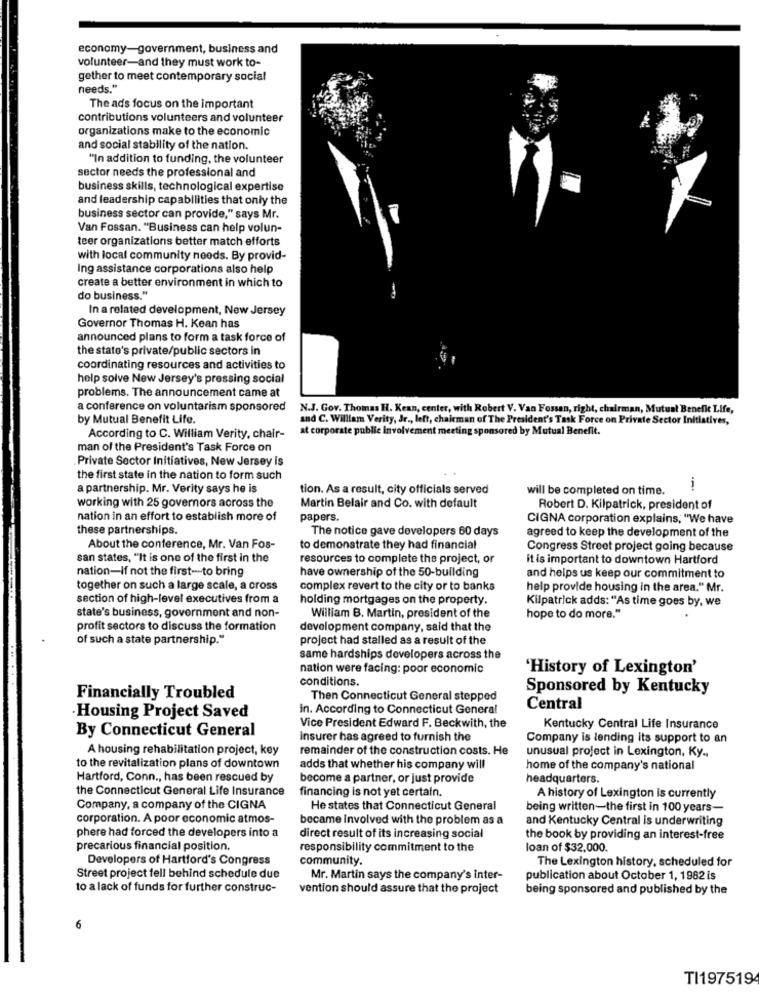
economy-government, business and
volunteer-and they must work to-
gether to meet contemporary social
needs."
The ads focus on the important
contributions volunteers and volunteer
organizations make to the economic
and social stability of the nation.
"In addition to funding, the volunteer
sector needs the professional and
business skills, technological expertise
and leadership capabilities that only the
business sector can provide," says Mr.
Van Fossan. "Business can help volun-
teer organizations better match efforts
with local community needs. By provid-
Ing assistance corporations also help
create a better environment in which to
do business."
In a related development, New Jersey
Governor Thomas H. Kean has
announced plans to form a task force of
the state's private/public sectors in
coordinating resources and activities to
help solve New Jersey's pressing social
problems. The announcement came at
a conference on voluntarism sponsored
N.J. Gov. Thomas H. Kean, center, with Robert V. Van Fossan, right, chairman, Mutual Benefit Life,
by Mutual Benefit Life.
and C. William Verity, Jr ., left, chairman of The President's Task Force on Private Sector Initiatives,
at corporate public involvement meeting sponsored by Mutual Benefit.
According to C. William Verity, chair-
man of the President's Task Force on
Private Sector Initiatives, New Jersey is
the first state in the nation to form such
a partnership. Mr. Verity says he is
tion. As a result, city officials served
will be completed on time.
working with 25 governors across the
Martin Belair and Co. with default
Robert D. Kilpatrick, president of
nation in an effort to establish more of
papers.
CIGNA corporation explains, "We have
these partnerships.
The notice gave developers 60 days
agreed to keep the development of the
About the conference, Mr. Van Fos-
to demonstrate they had financial
Congress Street project going because
san states, "It is one of the first in the
resources to complete the project, or
it is important to downtown Hartford
nation-If not the first -- to bring
have ownership of the 50-building
and helps us keep our commitment to
together on such a large scale, a cross
complex revert to the city or to banks
help provide housing in the area." Mr.
section of high-level executives from a
holding mortgages on the property.
Kilpatrick adds: "As time goes by, we
state's business, government and non-
William B. Martin, president of the
hope to do more."
profit sectors to discuss the formation
development company, said that the
of such a state partnership."
project had stalled as a result of the
same hardships developers across the
nation were facing: poor economic
'History of Lexington'
conditions.
Sponsored by Kentucky
Financially Troubled
Then Connecticut General stepped
in. According to Connecticut General
Central
Housing Project Saved
Vice President Edward F. Beckwith, the
Kentucky Central Life Insurance
By Connecticut General
insurer has agreed to furnish the
Company is lending its support to an
A housing rehabilitation project, key
remainder of the construction costs. He
unusual project in Lexington, Ky .,
to the revitalization plans of downtown
adds that whether his company will
home of the company's national
Hartford, Conn ., has been rescued by
become a partner, or just provide
headquarters.
the Connecticut General Life Insurance
financing is not yet certain.
A history of Lexington is currently
Company, a company of the CIGNA
He states that Connecticut General
being written-the first in 100 years-
corporation. A poor economic atmos-
became involved with the problem as a
and Kentucky Central is underwriting
phere had forced the developers into a
direct result of its increasing social
the book by providing an interest-free
precarious financial position.
responsibility commitment to the
loan of $32,000
Developers of Hartford's Congress
community.
The Lexington history, scheduled for
Street project fell behind schedule due
Mr. Martin says the company's inter-
publication about October 1, 1982 is
to a lack of funds for further construc-
vention should assure that the project
being sponsored and published by the
6
TI1975194